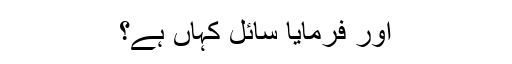
اور فرمایا سائل کہاں ہے؟